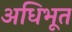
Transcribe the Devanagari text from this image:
अधिभूत